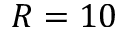
R = 1 0